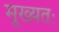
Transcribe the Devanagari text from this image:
मूख्यतः